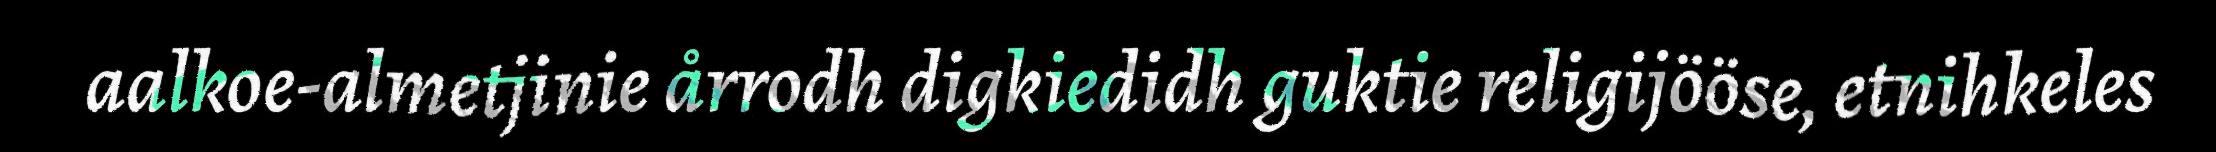
aalkoe-almetjinie årrodh digkiedidh guktie religijööse, etnihkeles